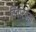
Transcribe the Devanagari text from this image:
विचारवम्त